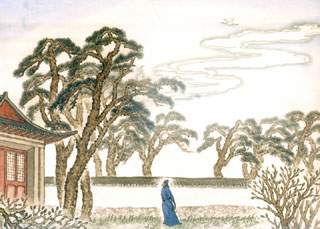
翠华想像空山里，玉殿虚无野寺中。